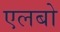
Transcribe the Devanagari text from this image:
एलबो